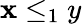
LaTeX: \mathbf{x}\leq_{1}y